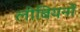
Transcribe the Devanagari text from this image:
लीबियनों